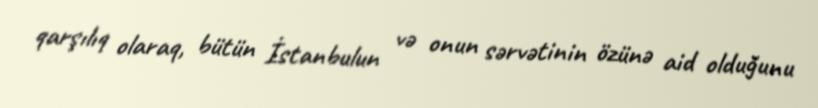
qarşılıq olaraq, bütün İstanbulun və onun sərvətinin özünə aid olduğunu